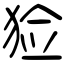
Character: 猃